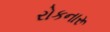
રોકનારૂ